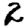
Digit: 2